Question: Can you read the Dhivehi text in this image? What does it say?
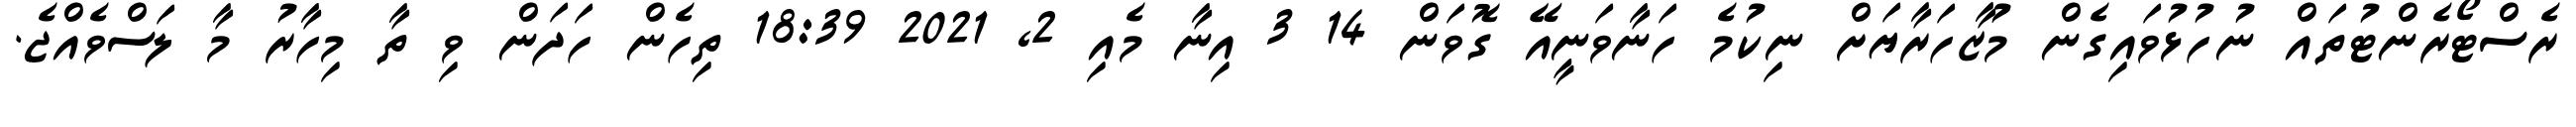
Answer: ރެސްޓޯރެންޓުތައް ނުހުޅުވައިގެން މުޒާހަރާޔަށް ނިކުމެ ހަނާވަނީއޭ ގޮވަން 14 3 އިނާ މެއި 2, 2021 18:39 ތިހެން ހަދަން ވި ތާ މިހާރު މާ ލަސްވެއްޖެ.